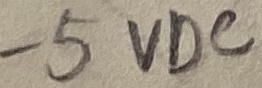
Text: -5VDC